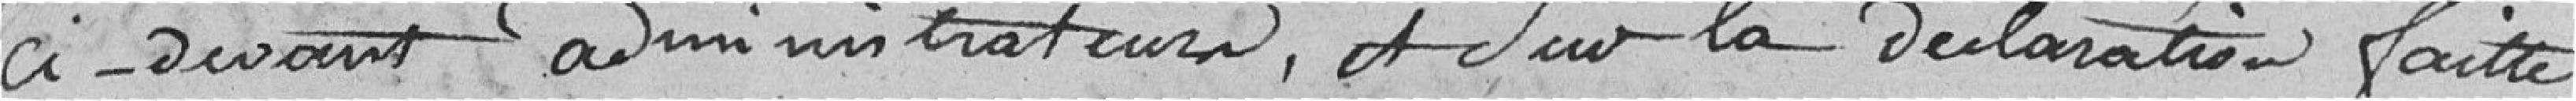
ci-devant administrateurs, et sur la déclaration faite